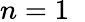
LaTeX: n=1\; \;